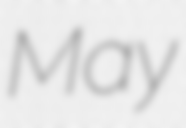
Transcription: May